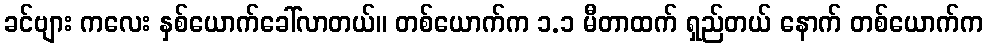
ခင်ဗျား ကလေး နှစ်ယောက်ခေါ်လာတယ်။ တစ်ယောက်က ၁.၁ မီတာထက် ရှည်တယ် နောက် တစ်ယောက်က